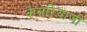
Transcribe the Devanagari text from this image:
केसरियाजी